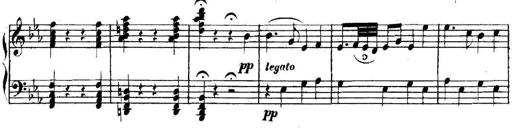
Title: Collected Piano Sonatas
Composer: Muzio Clementi